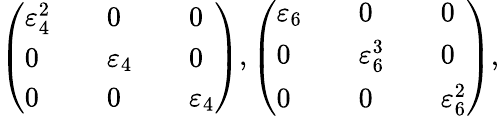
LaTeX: \left(\begin{array}{lllll}{\varepsilon_{4}^{2}}&&{0}&&{0}\\ {0}&&{\varepsilon_{4}}&&{0}\\ {0}&&{0}&&{\varepsilon_{4}}\end{array}\right),\left(\begin{array}{lllll}{\varepsilon_{6}}&&{0}&&{0}\\ {0}&&{\varepsilon_{6}^{3}}&&{0}\\ {0}&&{0}&&{\varepsilon_{6}^{2}}\end{array}\right),